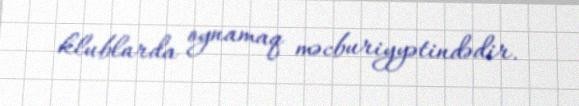
klublarda oynamaq məcburiyyətindədir.